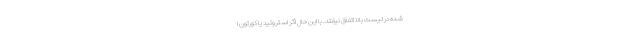
شده در لیست بالا اتفاق نیفتد. با این حال اگر استروئید یا کورتون ا